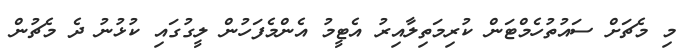
މި މެޗަށް ސައުތުހެމްޓަން ކުރިމަތިލާއިރު އެޓީމު އެންމެފަހުން ލީގުގައި ކުޅުނު ދެ މެޗުން